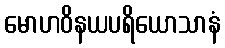
မောဟဝိနယပရိယောသာနံ